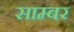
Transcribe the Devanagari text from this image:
साम्बर